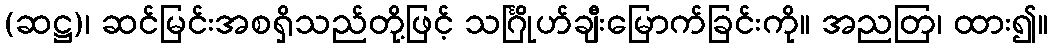
(ဆဋ္ဌ)၊ ဆင်မြင်းအစရှိသည်တို့ဖြင့် သင်္ဂြိုဟ်ချီးမြောက်ခြင်းကို။ အညတြ၊ ထား၍။